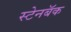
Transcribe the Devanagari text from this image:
स्टेनबॅक